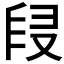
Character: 𠭊